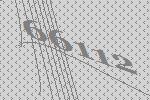
66112